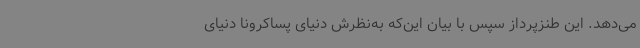
می‌دهد. این‌ طنزپرداز سپس با بیان این‌که به‌نظرش دنیای پساکرونا دنیای